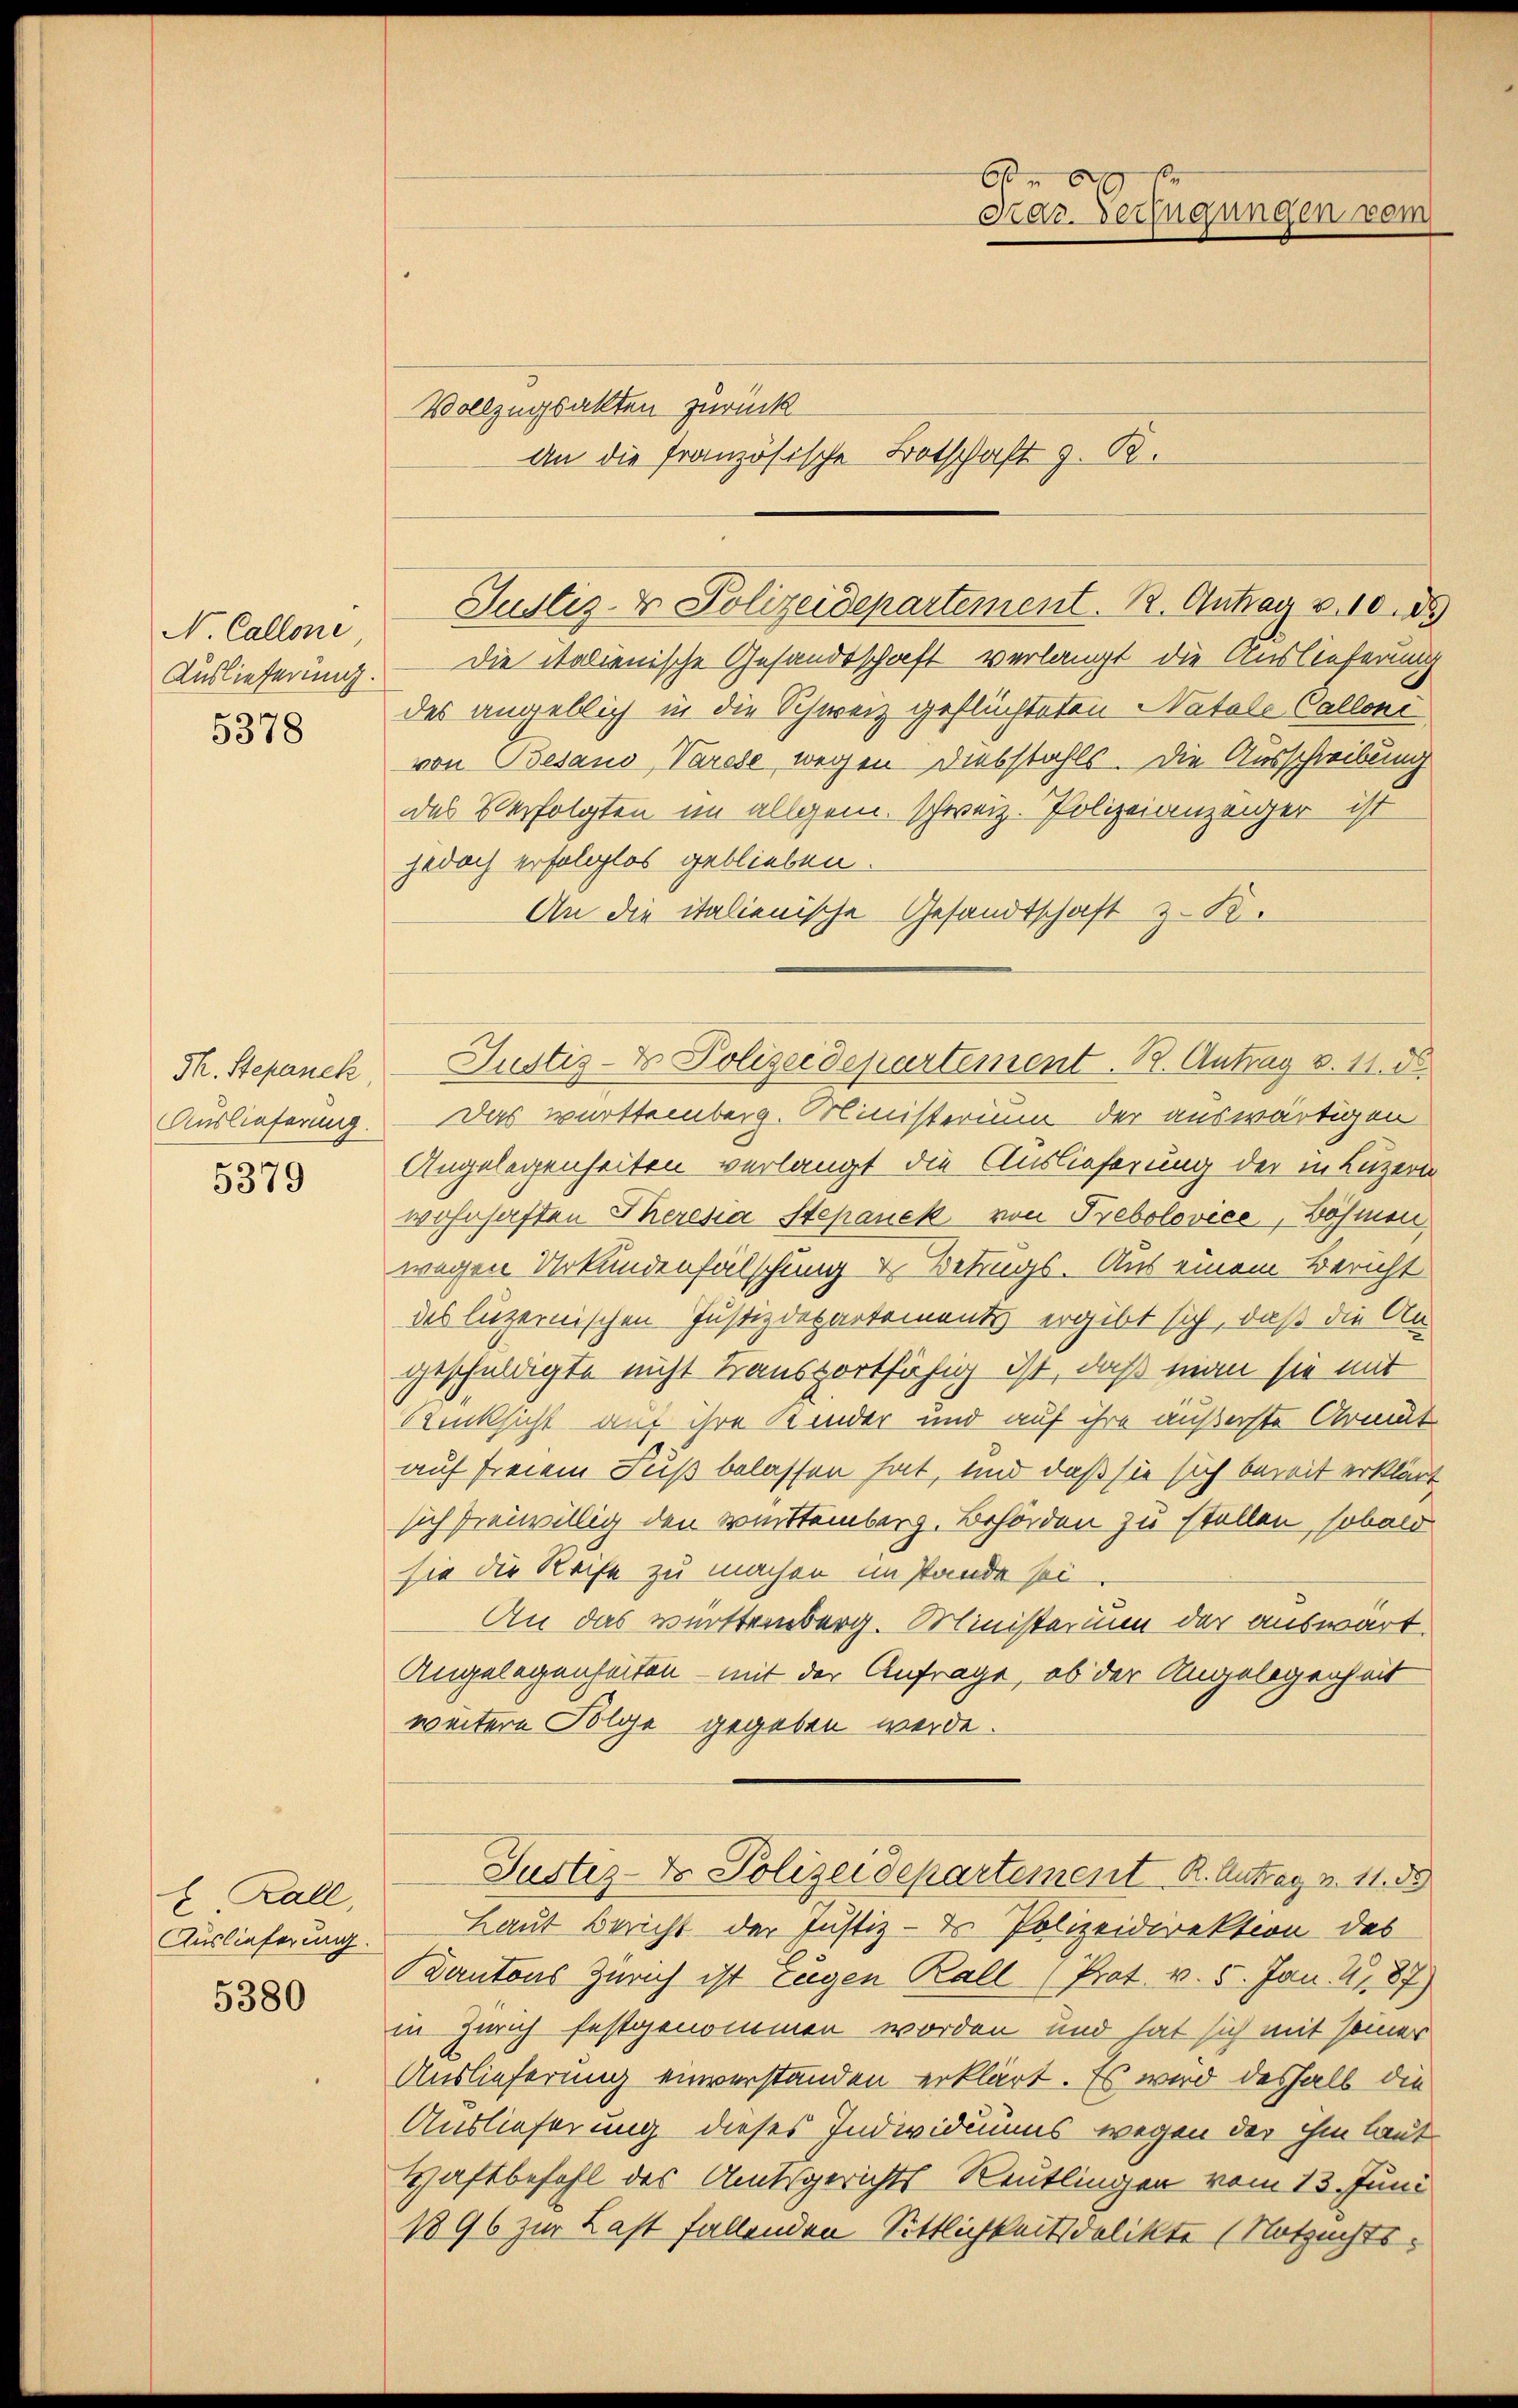
N. Callone
Auslieferung.
5378

F. Stepanek,
Auslieferung.
5379

E Zall,
Auslieferung.

5380

Vollzugsakten zurück

Die Italienische Gesandtschaft verlangt die Auslieferung
des angeblich in die Schweiz geflüchteten Natale Calloni
von Besano, Varese, wegen Diebstahls. Die Ausschreibung
das Verfolgten im allgem. Schweiz. Polizeianzeiger ist
jedoch erfolglos geblieben.
An die italienische Gesandtschaft z. K.
Das württemberg. Ministerium der auswärtigen
Angelegenheiten verlangt die Auslieferung der in Luzern
wohnhaften Theresia Stepanek von Prebolovice, Böhmen.
wegen Urkundenfälschung u Betrugs. Aus einem Bericht
des luzernischen Justizdepartements ergibt sich, daß die An-
geschuldigte nicht transportfähig ist, daß man sie mit
Rücksicht auf ihre Kinder und auf ihre äußerste Armut
auf freiem Fuß belassen hat, und daß sie sich bereit erklärt
sich freiwillig den Knittemberg. Behörden zu stellen, sobald
sie die Reise zu machen im stande sei.
An das württemberg. Ministerium der auswart.
Angelegenheiten – mit der Anfrage, ob der Angelegenheit
weitere Folge gegeben werde.
Justiz-Dr. Polizeidepartement R. Antrag v. 11. 85
Laut Bericht der Justiz - des Polizeidirektion des
Kantons Zürich ist Eugen Kall (Prot. v. 5. Jan. 1187)
in Zürich festgenommen worden und hat sich mit seiner
Auslieferung einverstanden erklärt. Es wird deshalb die
Auslieferung dieses Individuums wegen der ihm laut
Schaftbefehl des Amtsgerichts Reutlingen vom 13. Juni
1896 zur Last fallenden Sittlichkeitsdelikte (Notzuchts¬

Justiz- & Polizeidepartement. R. Antrag v. 10. d.

6
Kar-Verfügungen vom

An die französische Botschaft z. B.

Justiz- u. Polizeidepartement. R. Antrag v. 11. d.